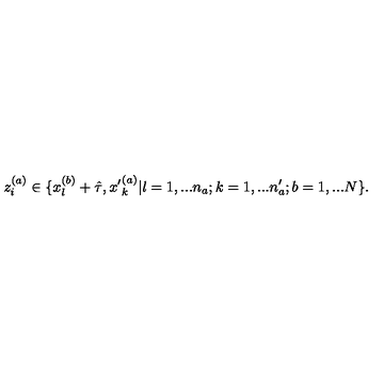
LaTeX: z _ { i } ^ { ( a ) } \in \{ x _ { l } ^ { ( b ) } + \hat { \tau } , { x ^ { \prime } } _ { k } ^ { ( a ) } | l = 1 , . . . n _ { a } ; k = 1 , . . . n _ { a } ^ { \prime } ; b = 1 , . . . N \} .